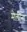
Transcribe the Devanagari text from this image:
मेलीना